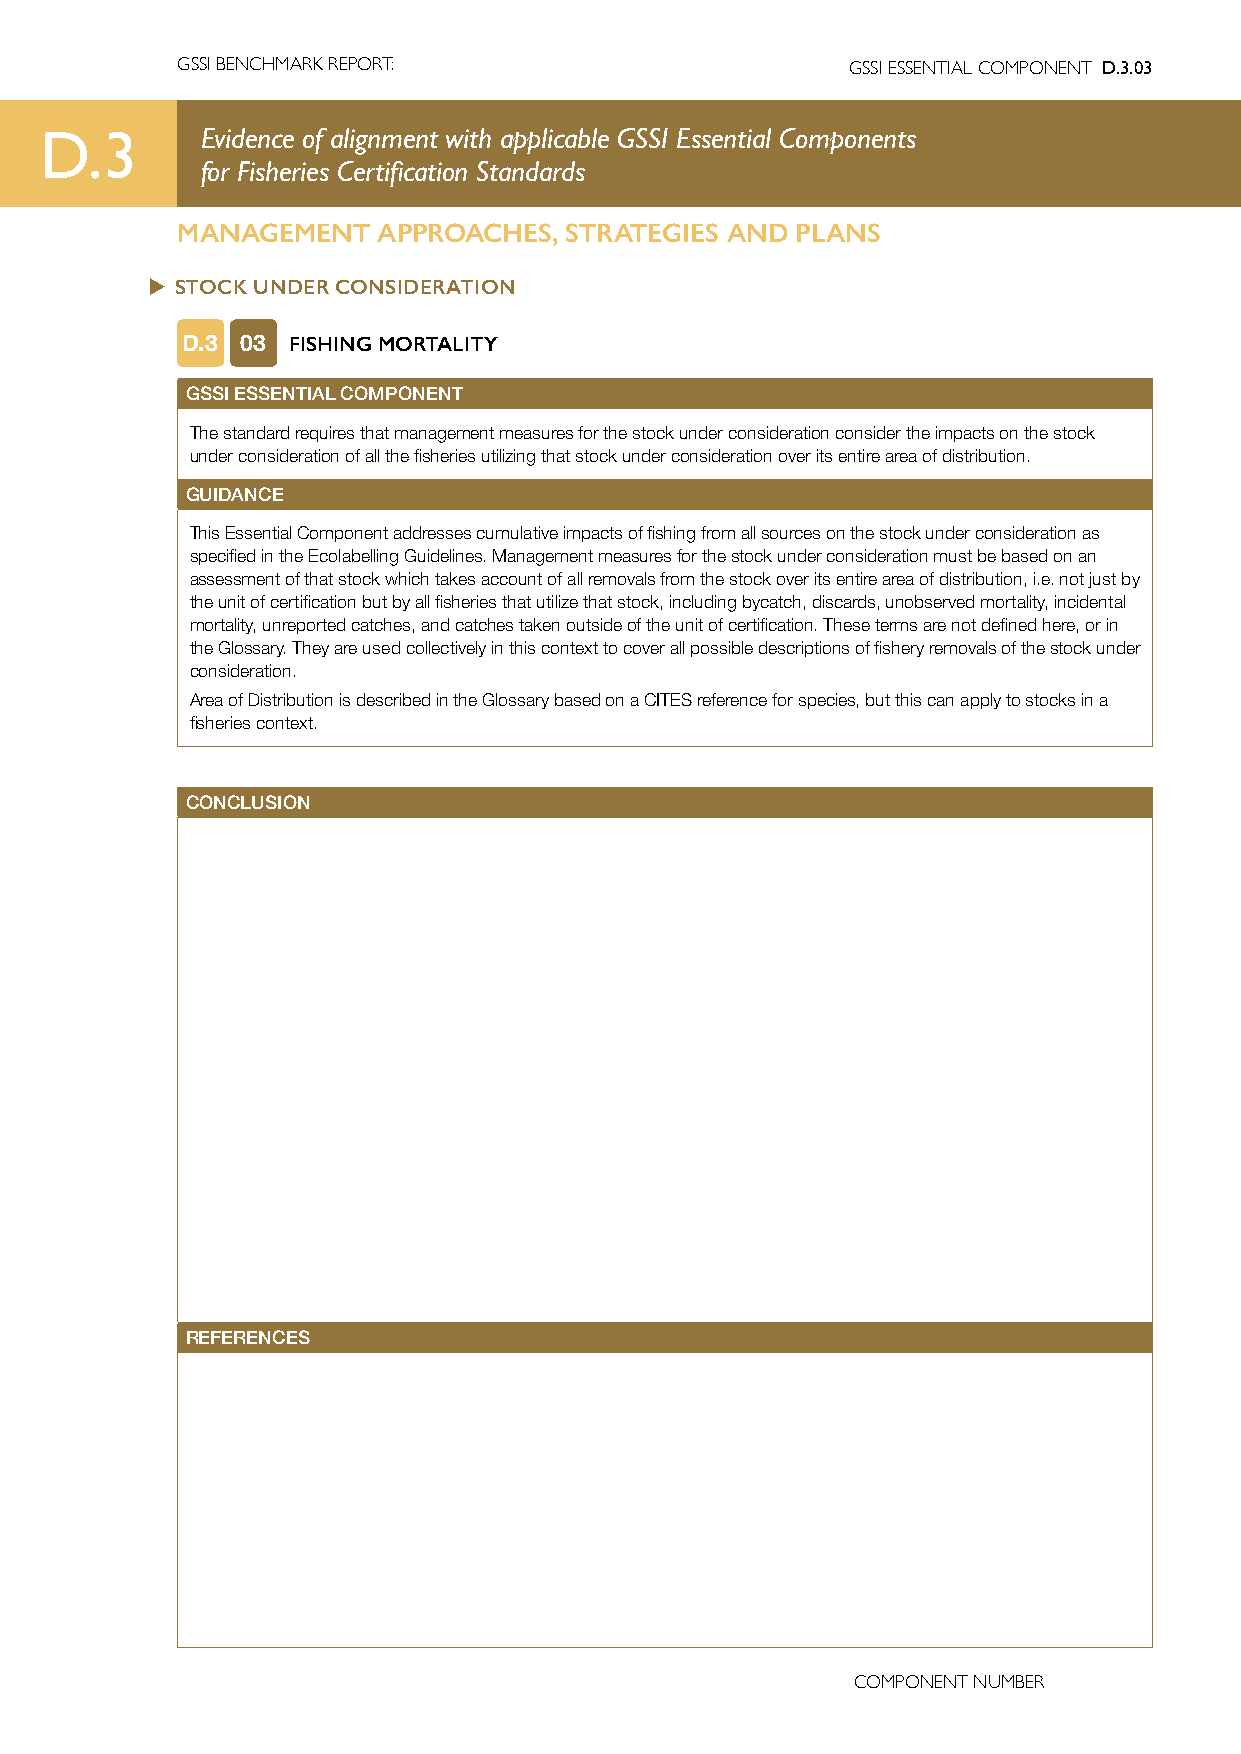
GSSI BENCHMARK REPORT:                      GSSI ESSENTIAL COMPONENT D.3.03
 D.3       Evidence of alignment with applicable GSSI Essential Components
 for Fisheries Certification Standards
 MANAGEMENT   APPROACHES, STRATEGIES AND  PLANS
 u STOCK UNDER CONSIDERATION
 D.3 03 FISHING MORTALITY
 GSSI ESSENTIAL COMPONENT
 The standard requires that management measures for the stock under consideration consider the impacts on the stock
 under consideration of all the fisheries utilizing that stock under consideration over its entire area of distribution.
 GUIDANCE
 This Essential Component addresses cumulative impacts of fishing from all sources on the stock under consideration as
 specified in the Ecolabelling Guidelines. Management measures for the stock under consideration must be based on an
 assessment of that stock which takes account of all removals from the stock over its entire area of distribution, i.e. not just by
 the unit of certification but by all fisheries that utilize that stock, including bycatch, discards, unobserved mortality, incidental
 mortality, unreported catches, and catches taken outside of the unit of certification. These terms are not defined here, or in
 the Glossary. They are used collectively in this context to cover all possible descriptions of fishery removals of the stock under
 consideration.
 Area of Distribution is described in the Glossary based on a CITES reference for species, but this can apply to stocks in a
 fisheries context.
 CONCLUSION
 REFERENCES
 COMPONENT NUMBER